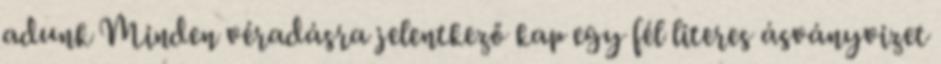
adunk Minden véradásra jelentkező kap egy fél literes ásványvizet